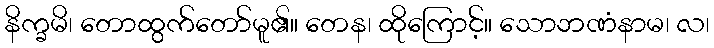
နိက္ခမိ၊ တောထွက်တော်မူ၏။ တေန၊ ထိုကြောင့်။ သောဘဏံနာမ၊ လ၊